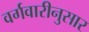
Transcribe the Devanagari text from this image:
वर्गवारीनुसार